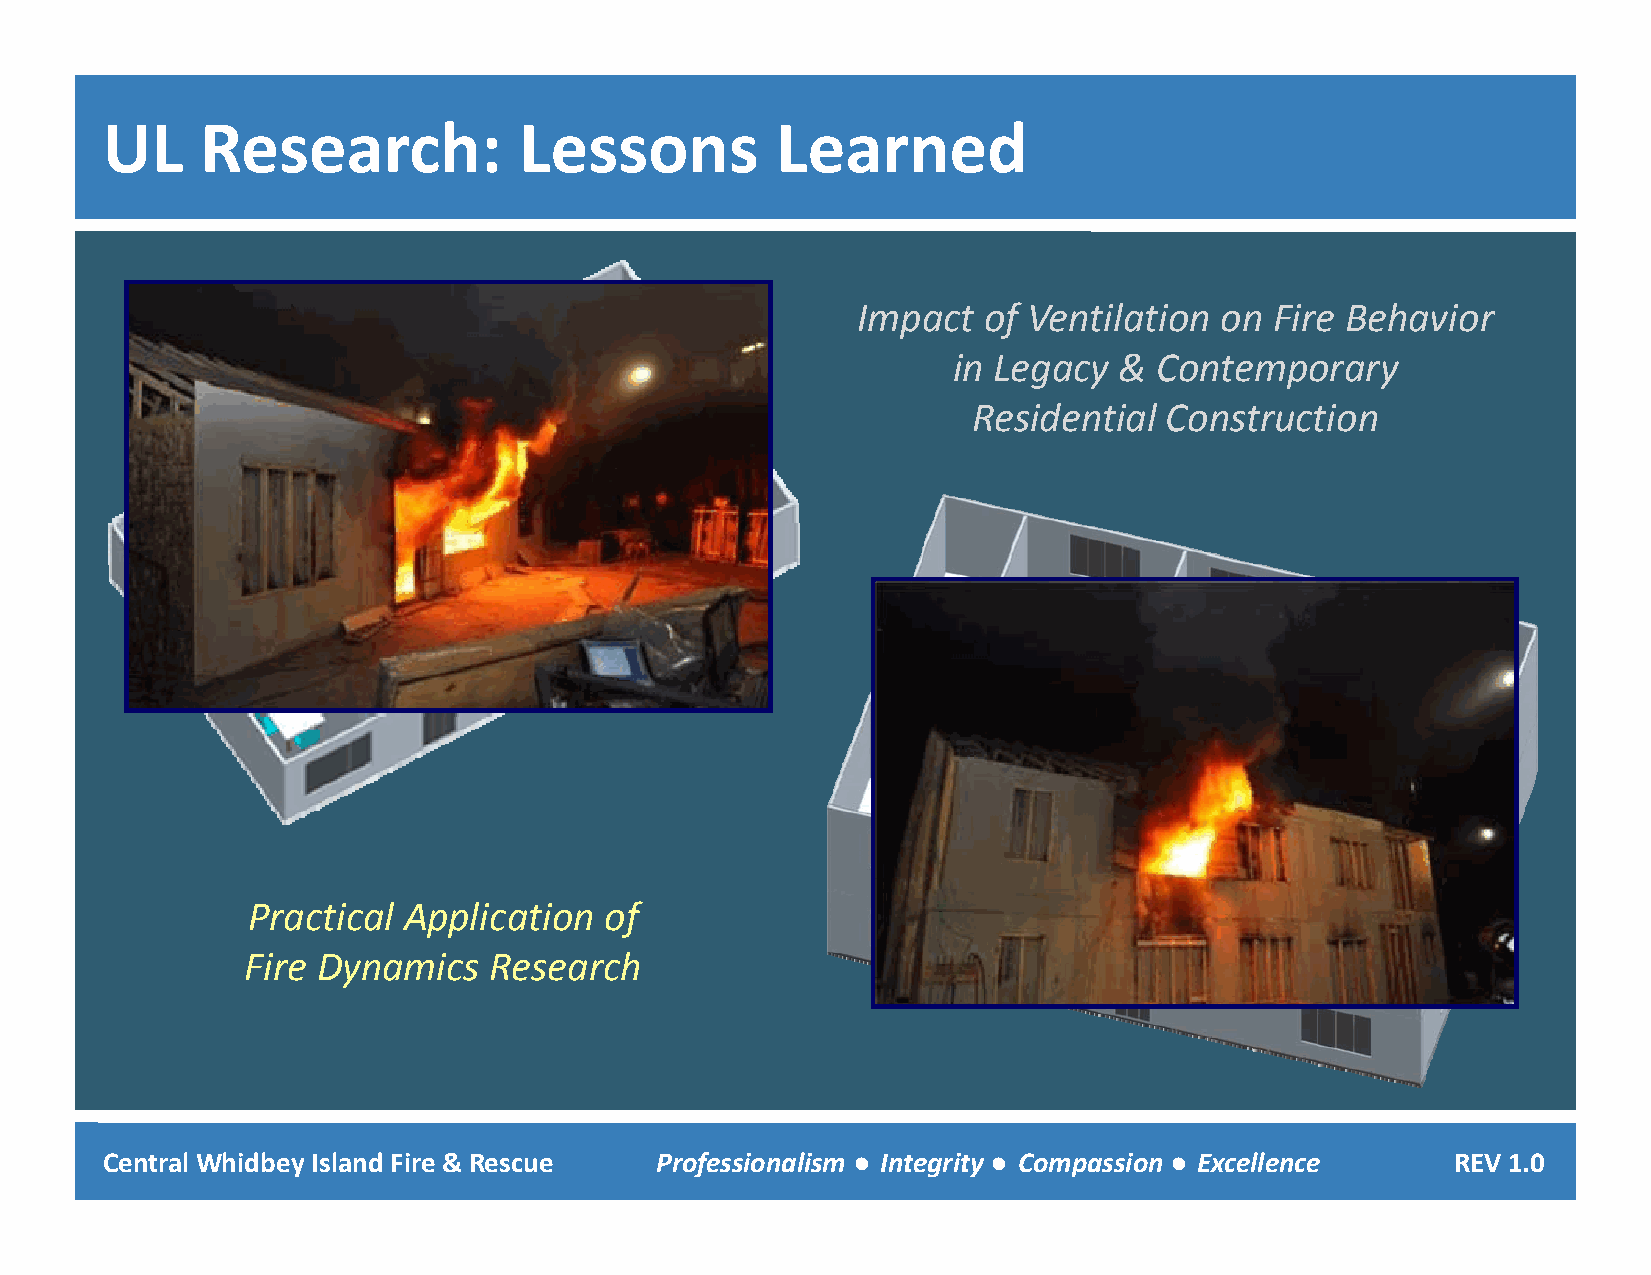
UL    Research:            Lessons          Learned
 Impact  of Ventilation  on Fire Behavior
 in Legacy  &  Contemporary
 Residential  Construction
 Practical  Application  of
 Fire Dynamics   Research
 Central Whidbey Island Fire & Rescue Professionalism ● Integrity ● Compassion ● Excellence REV 1.0